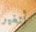
أتغير